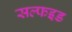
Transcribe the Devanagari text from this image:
सल्फइड